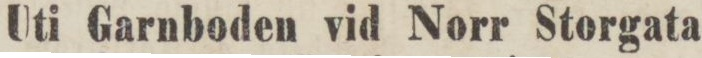
Uti Garnboden vid Norr Storgata